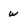
Character: w